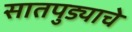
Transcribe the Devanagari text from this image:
सातपुड्याचे